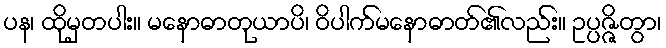
ပန၊ ထိုမှတပါး။ မနောဓာတုယာပိ၊ ဝိပါက်မနောဓာတ်၏လည်း။ ဥပ္ပဇ္ဇိတွာ၊